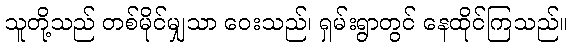
သူတို့သည် တစ်မိုင်မျှသာ ဝေးသည်၊ ရှမ်းရွာတွင် နေထိုင်ကြသည်။